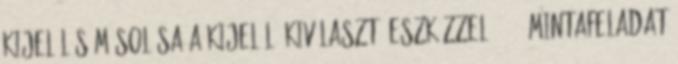
Kijelölés másolása a kijelölő kiválasztó eszközzel - 30. mintafeladat